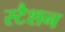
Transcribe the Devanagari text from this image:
स्टैशन